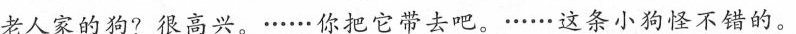
老人家的狗?很高兴。......你把它带去吧。......这条小狗怪不错的。